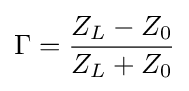
\Gamma ={Z_{L}-Z_{0} \over Z_{L}+Z_{0}}